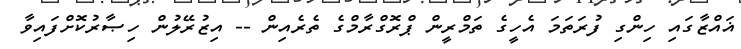
ޣައްޒާގައި ހިންގި ފުރަތަމަ އެހީގެ ތަމްރީން ޕްރޮގްރާމްގެ ތެރެއިން -- އިޒުރޭލުން ހިޞާރުކޮށްފައިވާ